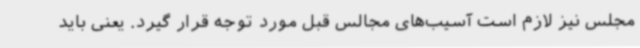
مجلس نیز لازم است آسیب‌های مجالس قبل مورد توجه قرار گیرد. یعنی باید